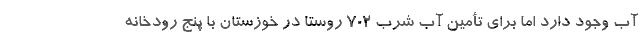
آب وجود دارد اما برای تأمین آب شرب ۷۰۲ روستا در خوزستان با پنج رودخانه